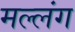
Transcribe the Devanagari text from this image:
मल्लंग